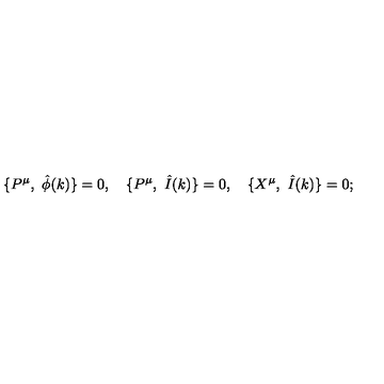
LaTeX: \{ P ^ { \mu } , \ { \hat { \phi } } ( k ) \} = 0 , \quad \{ P ^ { \mu } , \ \hat { I } ( k ) \} = 0 , \quad \{ X ^ { \mu } , \ \hat { I } ( k ) \} = 0 ;